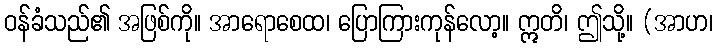
ဝန်ခံသည်၏ အဖြစ်ကို။ အာရောစေထ၊ ပြောကြားကုန်လော့။ ဣတိ၊ ဤသို့။ (အာဟ၊